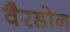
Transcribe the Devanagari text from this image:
वैरडोन